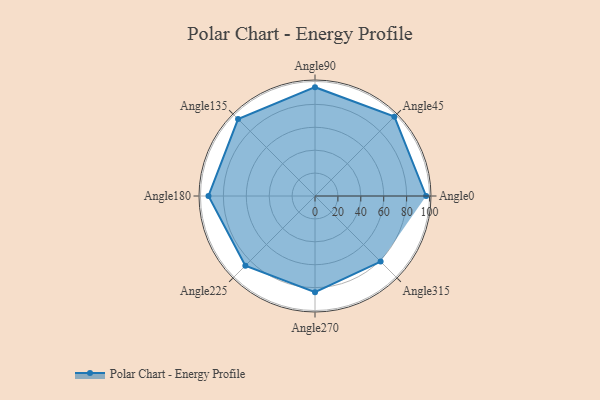
{"axis": {"x": "Angle", "y": "Radius"}, "legend": [""], "data": [{"x": "Angle0", "y": 97.0, "type": ""}, {"x": "Angle45", "y": 98.0, "type": ""}, {"x": "Angle90", "y": 95.0, "type": ""}, {"x": "Angle135", "y": 95.0, "type": ""}, {"x": "Angle180", "y": 93.0, "type": ""}, {"x": "Angle225", "y": 86.0, "type": ""}, {"x": "Angle270", "y": 84.0, "type": ""}, {"x": "Angle315", "y": 81.0, "type": ""}]}